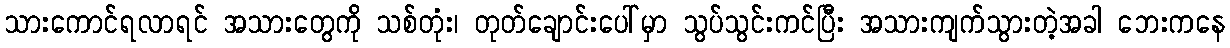
သားကောင်ရလာရင် အသားတွေကို သစ်တုံး၊ တုတ်ချောင်းပေါ်မှာ သွပ်သွင်းကင်ပြီး အသားကျက်သွားတဲ့အခါ ဘေးကနေ